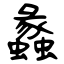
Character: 蠡